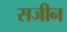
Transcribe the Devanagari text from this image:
सजीन